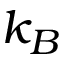
k _ { B }